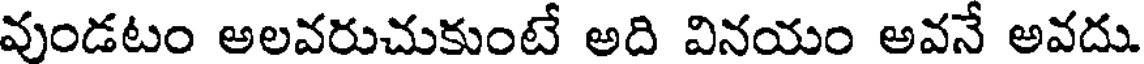
వుండటం అలవరుచుకుంటే అది వినయం అవనే అవదు